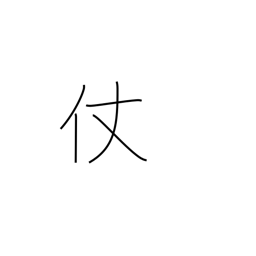
Meaning: stick